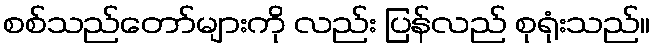
စစ်သည်တော်များကို လည်း ပြန်လည် စုရုံးသည်။